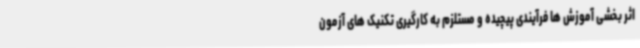
اثر بخشی آموزش ها فرآیندی پیچیده و مستلزم به کارگیری تکنیک های آزمون